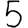
Digit: 5